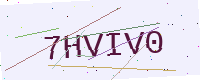
Text: 7HVIV0